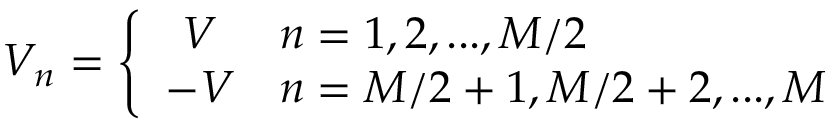
V _ { n } = \left\{ \begin{array} { c l } { V } & { n = 1 , 2 , . . . , M / 2 } \\ { - V } & { n = M / 2 + 1 , M / 2 + 2 , . . . , M } \end{array} \right.